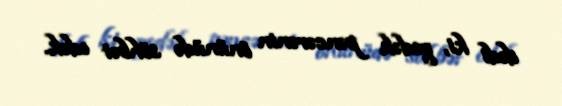
dedi ki, gedək pəncərənin önünüdə söhbət edək.